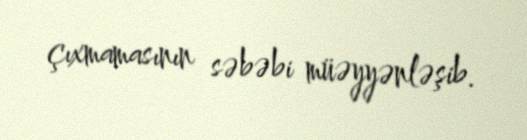
çıxmamasının səbəbi müəyyənləşib.